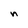
Character: n